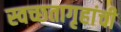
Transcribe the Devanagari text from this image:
स्वच्छतागृहांची